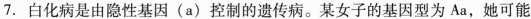
7.白化病是由隐性基因(a)控制的遗传病。某女子的基因型为Aa，她可能